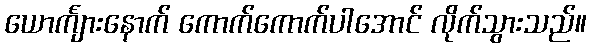
ယောင်္ကျားနောက် ကောက်ကောက်ပါအောင် လိုက်သွားသည်။